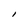
Character: I